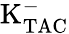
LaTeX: \mathrm{K_{TAC}^{-}}